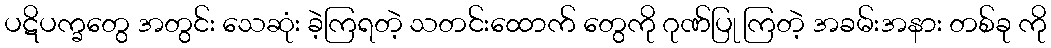
ပဋိပက္ခတွေ အတွင်း သေဆုံး ခဲ့ကြရတဲ့ သတင်းထောက် တွေကို ဂုဏ်ပြု ကြတဲ့ အခမ်းအနား တစ်ခု ကို